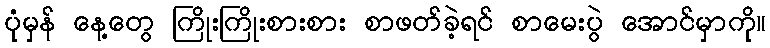
ပုံမှန် နေ့တွေ ကြိုးကြိုးစားစား စာဖတ်ခဲ့ရင် စာမေးပွဲ အောင်မှာကို။